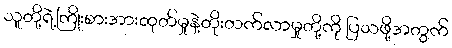
သူတို့ရဲ့ကြိုးစားအားထုတ်မှုနဲ့တိုးတက်လာမှုတို့ကို ပြသဖို့အတွက်